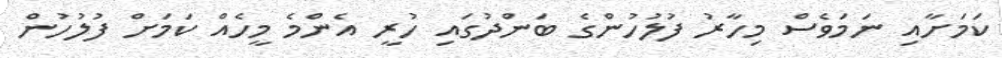
ކަމަށާއި ނަމަވެސް މިހާރު ފުލުހުންގެ ބަންދުގައި ހުރީ އެންމެ މީހެއް ކަމަށް ފުލުހުން